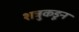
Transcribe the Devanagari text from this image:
शत्रुकडून